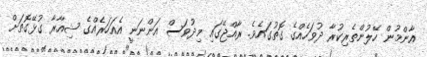
އާންމުން ހޭލުންތެރިކުރާ ދުވަހެއްގެ ގޮތުގައެވެ. ރާއްޖޭގައި މިދުވަސް އަންނަނީ އެއަހަރެއްގެ ޝިއާރާ ގުޅޭގޮތަށް